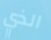
الذي